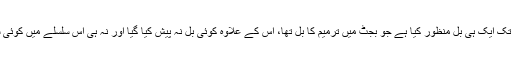
قومی اسمبلی نے اب تک ایک ہی بل منظور کیا ہے جو بجٹ میں ترمیم کا بل تھا، اس کے علاوہ کوئی بل نہ پیش کیا گیا اور نہ ہی اس سلسلے میں کوئی سرگرمی دکھائی دی۔